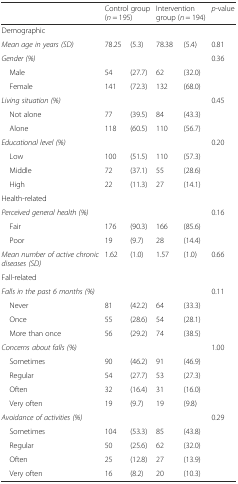
|  | <COLSPAN=2> Control group (n = 195) | <COLSPAN=2> Intervention group (n = 194) | p-value |
 | --- | --- | --- | --- | --- | --- |
 | Demographic |  |  |  |  |  |
 | Mean age in years (SD) | 78.25 | (5.3) | 78.38 | (5.4) | 0.81 |
 | Gender (%) |  |  |  |  | 0.36 |
 | Male | 54 | (27.7) | 62 | (32.0) |  |
 | Female | 141 | (72.3) | 132 | (68.0) |  |
 | Living situation (%) |  |  |  |  | 0.45 |
 | Not alone | 77 | (39.5) | 84 | (43.3) |  |
 | Alone | 118 | (60.5) | 110 | (56.7) |  |
 | Educational level (%) |  |  |  |  | 0.20 |
 | Low | 100 | (51.5) | 110 | (57.3) |  |
 | Middle | 72 | (37.1) | 55 | (28.6) |  |
 | High | 22 | (11.3) | 27 | (14.1) |  |
 | Health-related |  |  |  |  |  |
 | Perceived general health (%) |  |  |  |  | 0.16 |
 | Fair | 176 | (90.3) | 166 | (85.6) |  |
 | Poor | 19 | (9.7) | 28 | (14.4) |  |
 | Mean number of active chronic diseases (SD) | 1.62 | (1.0) | 1.57 | (1.0) | 0.66 |
 | Fall-related |  |  |  |  |  |
 | Falls in the past 6 months (%) |  |  |  |  | 0.11 |
 | Never | 81 | (42.2) | 64 | (33.3) |  |
 | Once | 55 | (28.6) | 54 | (28.1) |  |
 | More than once | 56 | (29.2) | 74 | (38.5) |  |
 | Concerns about falls (%) |  |  |  |  | 1.00 |
 | Sometimes | 90 | (46.2) | 91 | (46.9) |  |
 | Regular | 54 | (27.7) | 53 | (27.3) |  |
 | Often | 32 | (16.4) | 31 | (16.0) |  |
 | Very often | 19 | (9.7) | 19 | (9.8) |  |
 | Avoidance of activities (%) |  |  |  |  | 0.29 |
 | Sometimes | 104 | (53.3) | 85 | (43.8) |  |
 | Regular | 50 | (25.6) | 62 | (32.0) |  |
 | Often | 25 | (12.8) | 27 | (13.9) |  |
 | Very often | 16 | (8.2) | 20 | (10.3) |  |